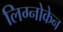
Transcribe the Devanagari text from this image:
लिग्नोकेन